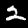
Label: 2